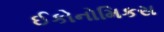
ઈકોનોમિકસ